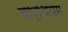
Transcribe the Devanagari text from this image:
वार्थियेम